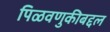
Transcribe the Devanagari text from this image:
पिळवणुकीबद्दल